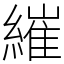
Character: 繀